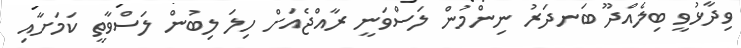
ވިދާޅުވީ ބިލެއްދޫ ބަނދަރު ނިންމުން ލަސްވަނީ ރާއްޖެއަށް ހިލަ ލިބުން ލަސްވާތީ ކަމަށާއި